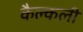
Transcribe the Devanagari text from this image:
कैल्कली